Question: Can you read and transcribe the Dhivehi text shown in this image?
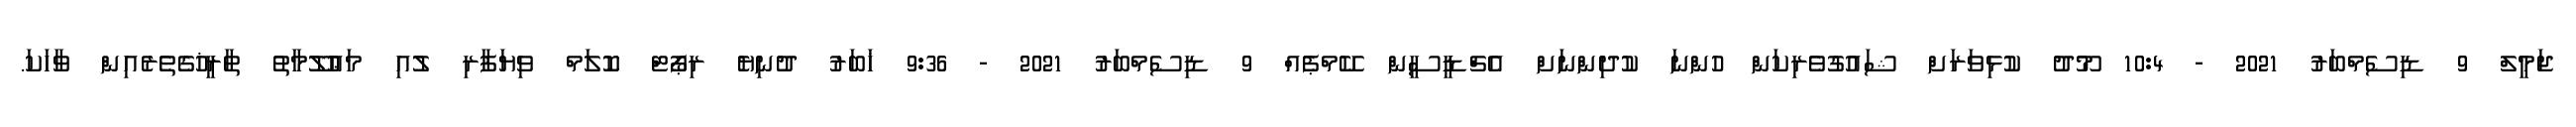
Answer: ޖަމީލް 9 ޑިސެމްބަރު 2021 - 10:4 މޫދު ކުޅިވަރަށް ޝައުގުވެރިކަން ހުންނަ ކުދިންނަށް އެޗްޑީސީން ކޭމްޕެއް 9 ޑިސެމްބަރު 2021 - 9:36 ޚަބަރު ދުނިޔެ ރިޕޯޓް ކޮލަމް ވިޔަފާރި ލުއި މަޢުލޫމާތު ތާރީޚުގެތެރެއިން ވާހަކަ.